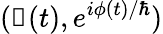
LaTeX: (\boldsymbol\upeta(t),e^{i\phi(t)/\hbar})